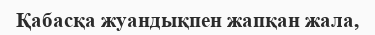
Қабасқа жуандықпен жапқан жала,